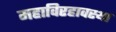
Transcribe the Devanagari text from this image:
महाविरहावस्था